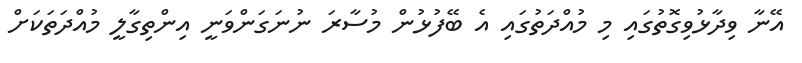
އޭނާ ވިދާޅުވިގޮތުގައި މި މުއްދަތުގައި އެ ބޭފުޅުން މުސާރަ ނުނަގަންވަނީ އިންތިގާލީ މުއްދަތަކަށް